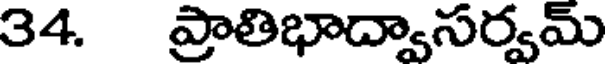
34. ప్రాతిభాద్వాసర్వమ్